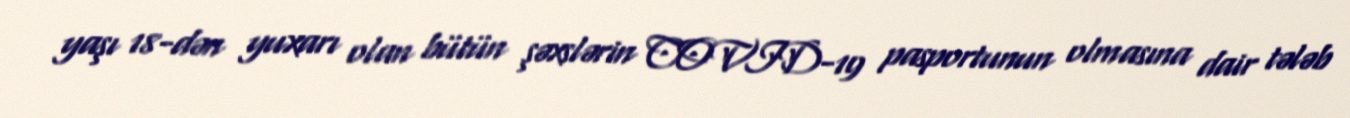
yaşı 18-dən yuxarı olan bütün şəxslərin COVID-19 pasportunun olmasına dair tələb